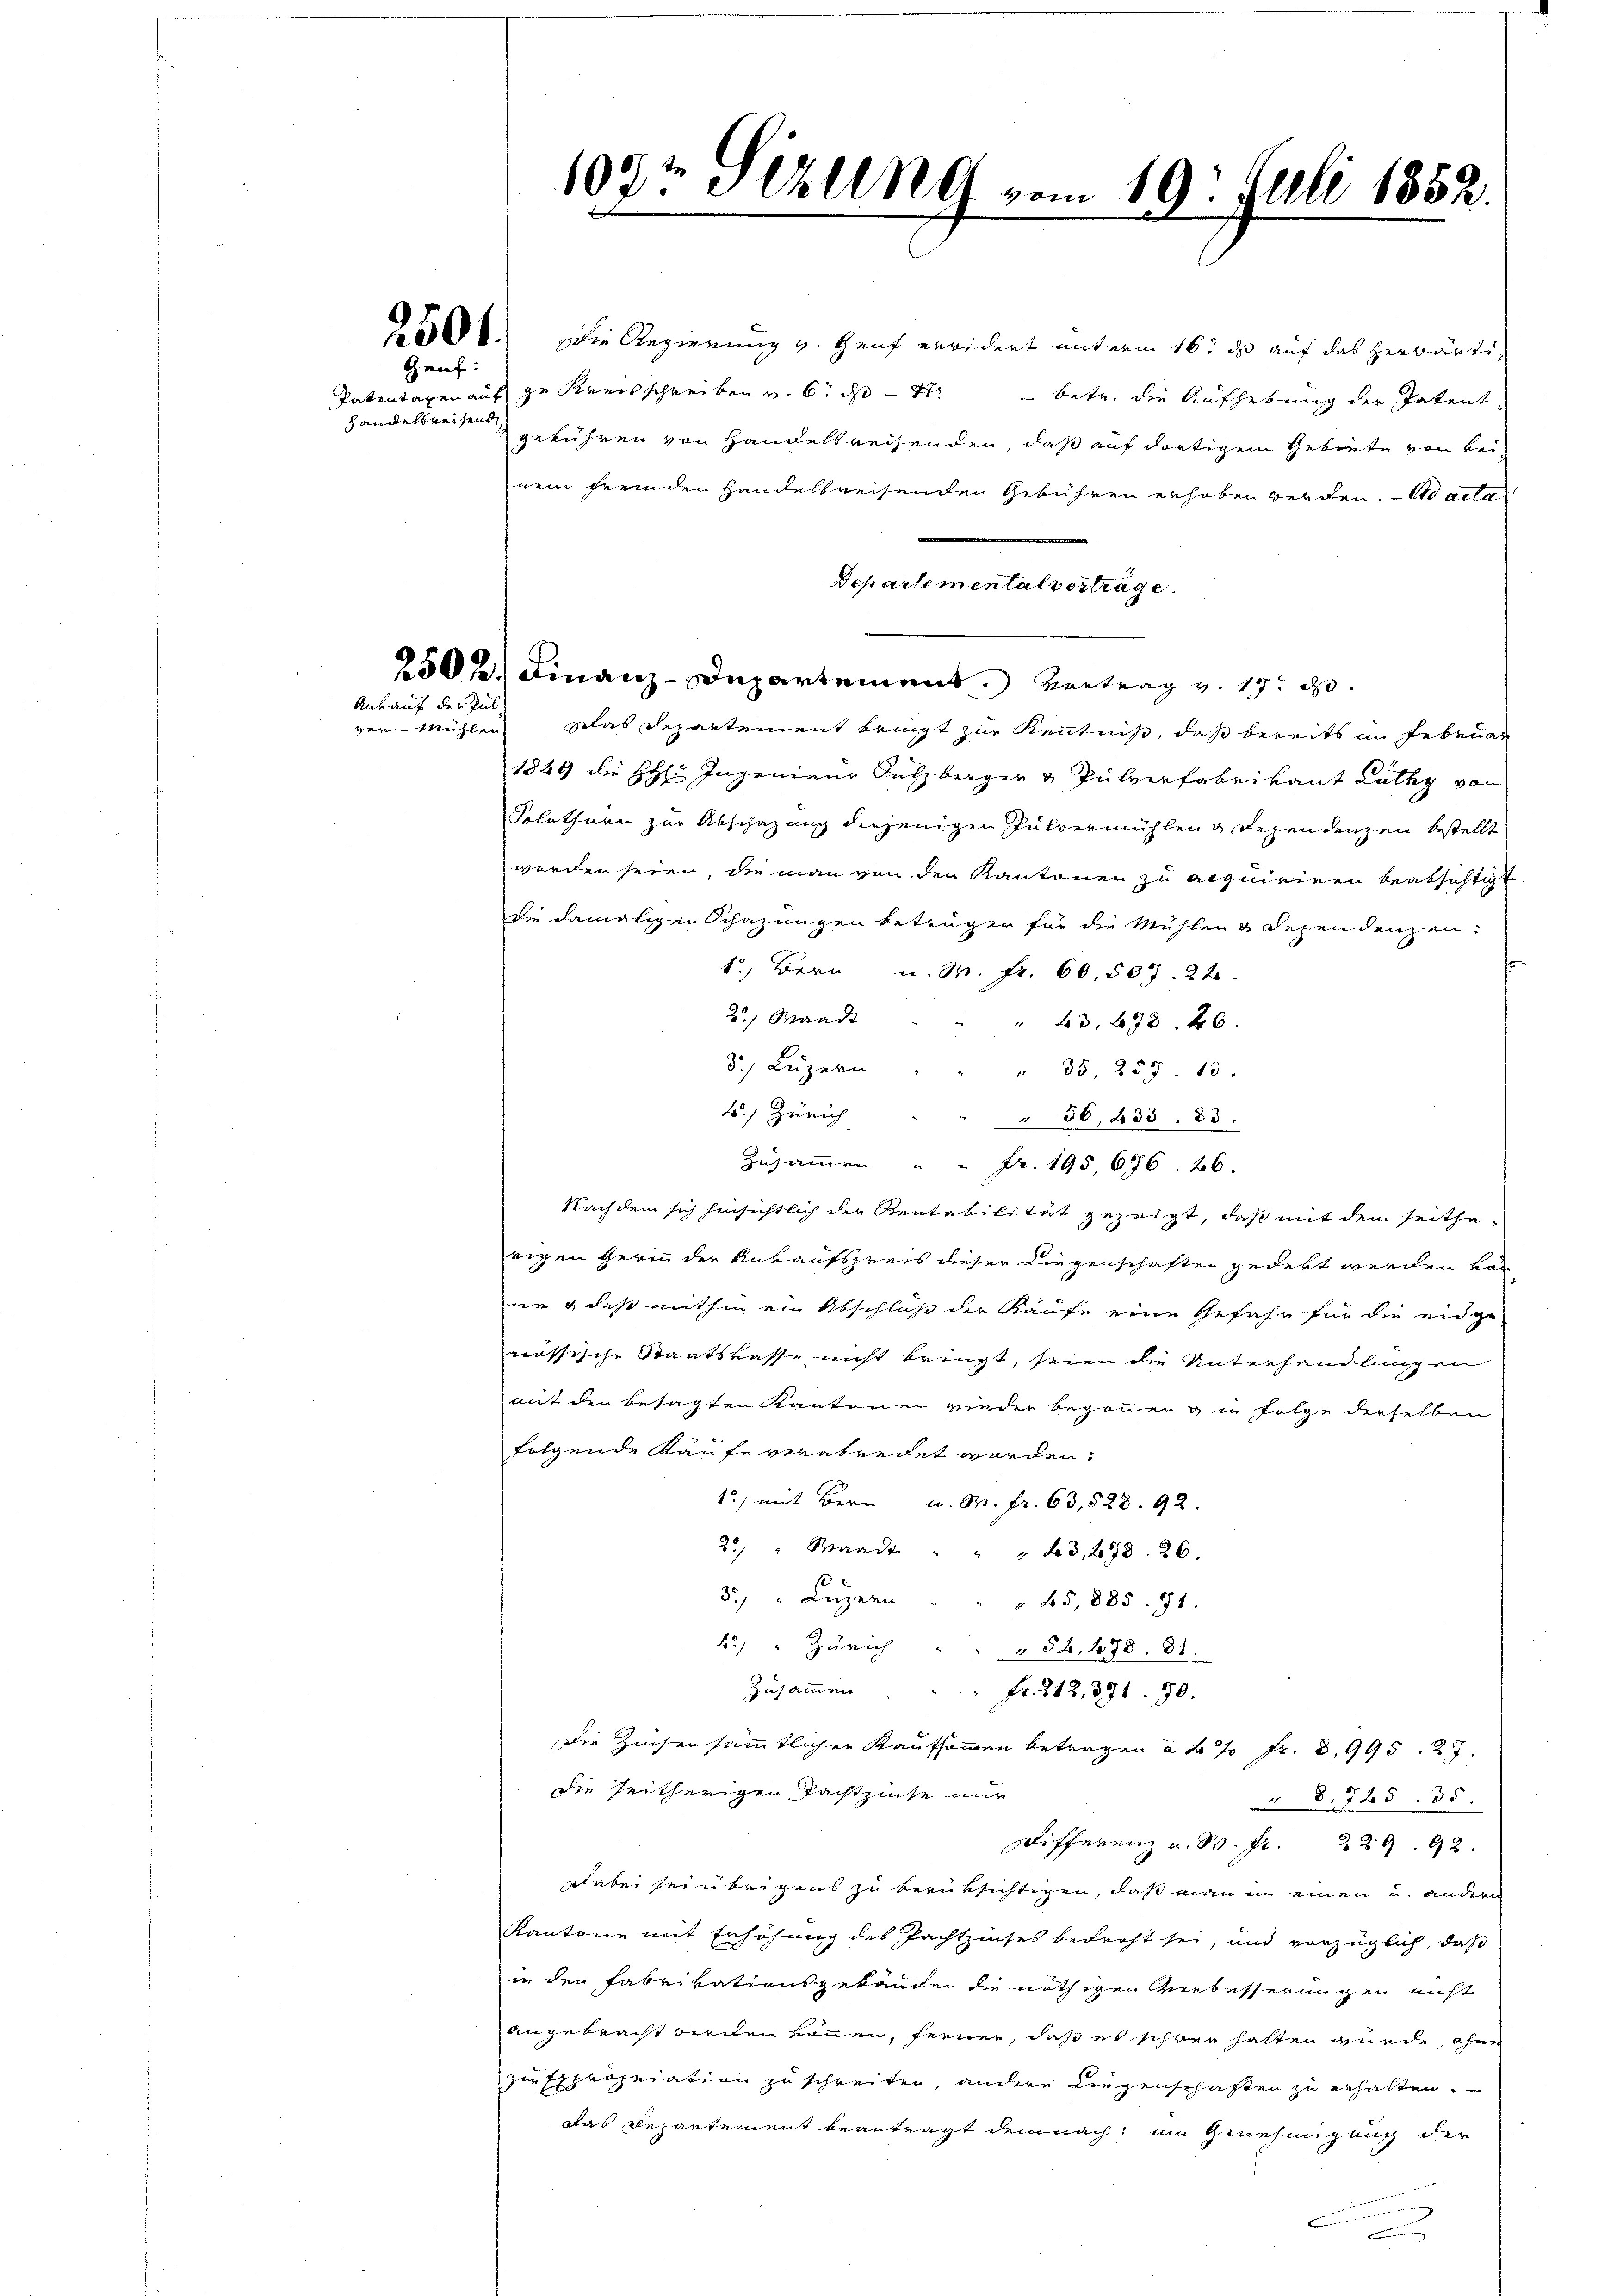
Graf:

Handelsreisende

Ankauf der Pul-

1092 Sizung vom 19. Juli 1852.
x

2500. Die Regierung v. Genf erwidert unterm 16. ds auf das herwärti¬
Patentaxen auf ze Kreisschreiben v. 6. d. 4. betr. die Aufhebung der Patent,
gebühren von Handelsreisenden, daß auf dortigem Gebiete von Beinem fremden Handelsreisenden Gebühren erhoben werden. Maila
Schartemental vortrage.
2502. Finanz-Departement. Vortrag v. 17. d.
ven-Mühlen. Das Departement bringt zur Kenntniß, daß bereits im Februar
1849 die HH: Ingenieur Sulzberger & Pulverfabrikant Lüthy von
Solothurn zur Abschazung derjenigen Pulvermühlen. Dezendenzen bestellt
worden seien, die man von den Kantonen zu acquiriren beabsichtigt
die damaligen Schazungen beträgen für die Mühlen & Dependenzen:
15, Bern u. M. fr. 60. 507. 22.
20, Waadt
" 63. 698. 26.
3.) Luzern
" 35, 257. 13.
t. Zürich
§ 36, 433. 85.
Zusammen " " Fr. 195, 676. 26.
Nachdem sich hinsichtlich der Rentabilität gezeigt, daß mit dem seithe
rigen Gerin der Ankaufspreis dieser Liegenschaften gedekt werden von
ne & daß mithin ein Abschlüße der Käufe eine Gefahr für die eidgenössische Staatskasse nicht bringt, seien die Unterhandlungen
mit den besagten Kantonen wieder begonnen & in Folge derselben
folgende Kaufe verabredet worden,
1) mit Bern u. M. fr. 63, 528. 92.
25, Waadt " " " 23, 278. 26.
3.) Luzern
65,885. 91.
.) " Zürich
 58, 178. 81.
Zusammen . . . fr. 212, 371. 30.
Die Zinsen sämmtlichen Kaufsammen betragen à 4 % Fr. 8995. 27.
die heitherigen Pachtzinse nur
 8,765. 35.
Differenz u. W. fr. 229. 92.
dabei sei übrigens zu berüksichtigen, daß man in einen u. andern
Kantone mit Erhöhung des Pachtzinses bedroht sei, und vorzüglich, daß
in den Fabrikationsgebäuden die nöthigen Verbesserungen nicht
angebracht werden können, ferner, daß es schwer halten gunde, ohne
zur Expropriation zu schreiten, andere Liegenschaften zu erhalten.
Das Departement beantragt demnach, um Genehmigung der
n